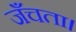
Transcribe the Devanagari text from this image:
जँचता।